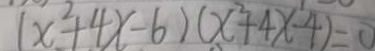
( x ^ { 2 } + 4 x - 6 ) ( x ^ { 2 } + 4 x - 4 ) = 0